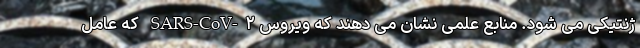
ژنتیکی می شود. منابع علمی نشان می دهند که ویروس SARS-CoV-۲ که عامل